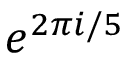
e ^ { 2 \pi i / 5 }